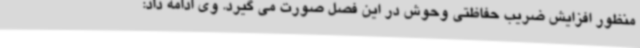
منظور افزایش ضریب حفاظتی وحوش در این فصل صورت می گیرد. وی ادامه داد: